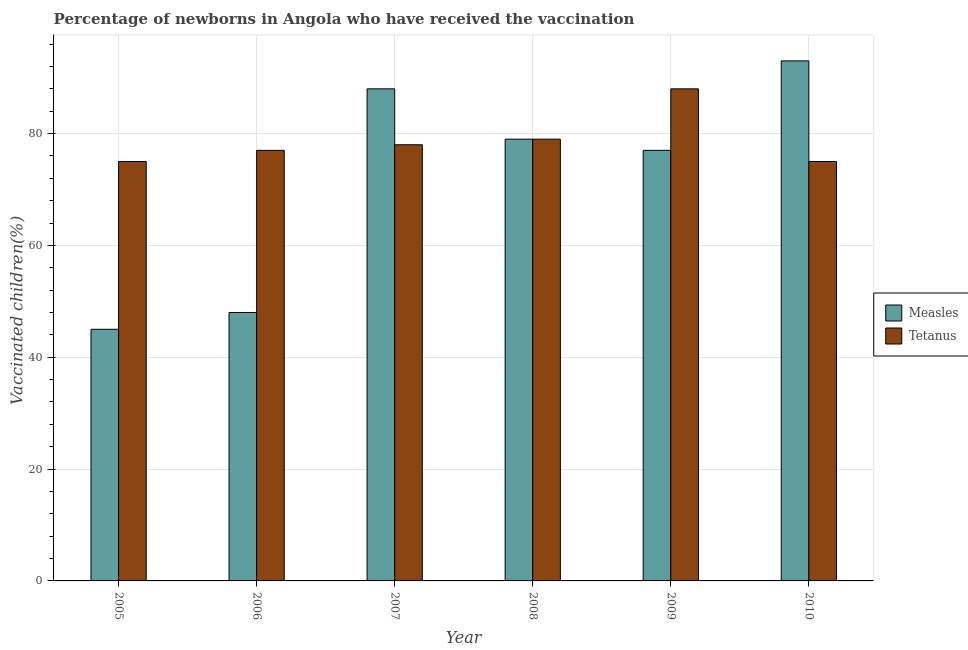
| Year | Measles | Tetanus |
 | --- | --- | --- |
 | 2005 | 45 | 75 |
 | 2006 | 48 | 77 |
 | 2007 | 88 | 78 |
 | 2008 | 79 | 79 |
 | 2009 | 77 | 88 |
 | 2010 | 93 | 75 |